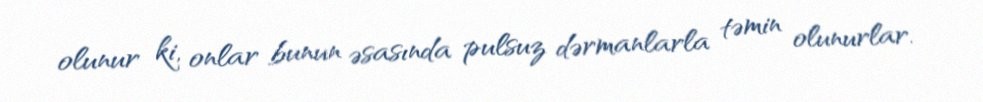
olunur ki, onlar bunun əsasında pulsuz dərmanlarla təmin olunurlar.